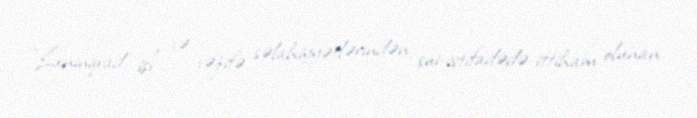
“Leninqrad işi” və vəzifə səlahiyyətlərindən sui-istifadədə ittiham olunan